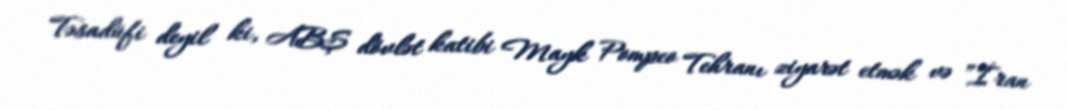
Təsadüfi deyil ki, ABŞ dövlət katibi Mayk Pompeo Tehranı ziyarət etmək və ”İran